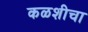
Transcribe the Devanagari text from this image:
कळशीचा